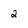
Character: 2